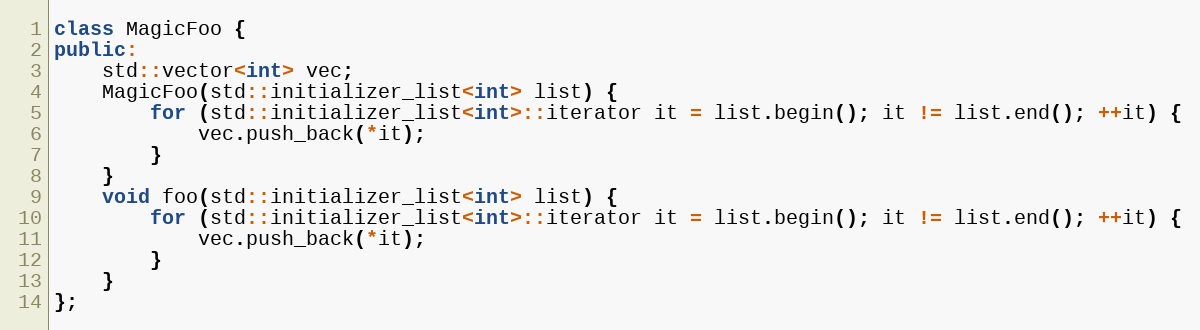
Language: C++
class MagicFoo {
public:
    std::vector<int> vec;
    MagicFoo(std::initializer_list<int> list) {
        for (std::initializer_list<int>::iterator it = list.begin(); it != list.end(); ++it) {
            vec.push_back(*it);
        }
    }
    void foo(std::initializer_list<int> list) {
        for (std::initializer_list<int>::iterator it = list.begin(); it != list.end(); ++it) {
            vec.push_back(*it);
        }
    }
};